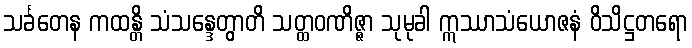
သင်္ခတေန ကထန္တိ သံသန္ဒေတွာတိ သတ္ထဝဏိဇ္ဇာ သုမုခါ ဣဿာသံယောဇနံ ဝိသိဋ္ဌတရော